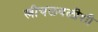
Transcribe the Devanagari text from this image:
स्त्रीचळवळीशी